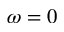
\omega = 0